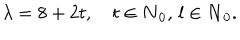
\lambda = 8 + 2 t , \quad t \in { \bf { N } } _ { 0 } , \, l \in { \bf { N } } _ { 0 } .